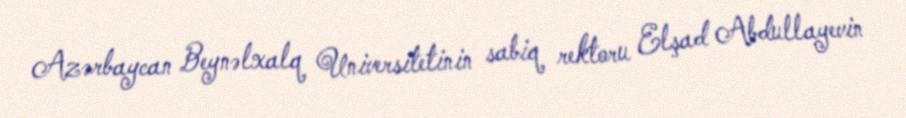
Azərbaycan Beynəlxalq Universitetinin sabiq rektoru Elşad Abdullayevin